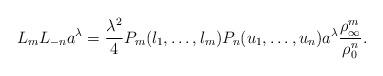
LaTeX: \begin{gather*}L_mL_{-n}a^{\lambda}=\frac{\lambda^2}{4}P_m(l_1,\dots,l_m)P_n(u_1,\dots,u_n)a^{\lambda}\frac{\rho_{\infty}^m}{\rho_0^n}.\end{gather*}